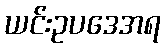
ယင်းဥပဒေအရ